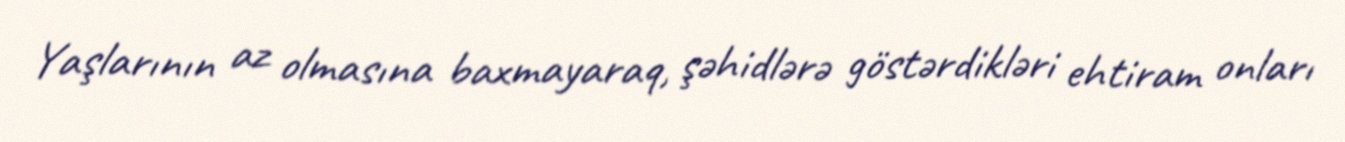
Yaşlarının az olmasına baxmayaraq, şəhidlərə göstərdikləri ehtiram onları